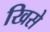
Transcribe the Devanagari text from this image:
खिसे